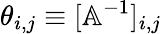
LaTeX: \theta_{i,j}\equiv[\mathbb{A}^{-1}]_{i,j}